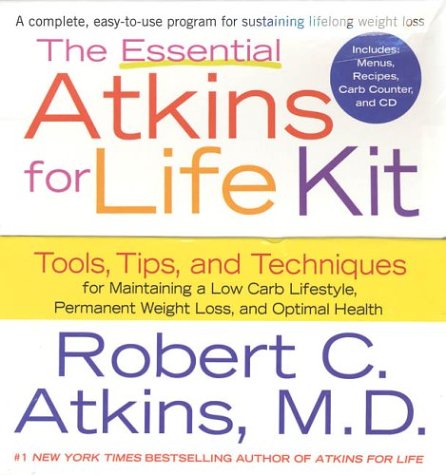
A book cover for The Essential Atkins for Life Kit: Tools, Tips, and Techniques for Maintaining a Low Carb Lifestyle for Permanent Weight Loss and Optimal Health; Robert C. Atkins; Health, Fitness & Dieting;